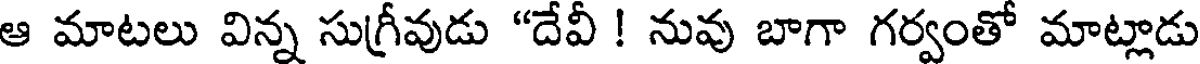
ఆ మాటలు విన్న సుగ్రీవుడు "దేవీ ! నువు బాగా గర్వంతో మాట్లాడు